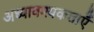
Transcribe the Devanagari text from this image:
अध्यावश्यकताएँ